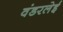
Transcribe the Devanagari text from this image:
वंडरलेई